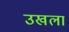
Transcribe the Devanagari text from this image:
उखला